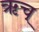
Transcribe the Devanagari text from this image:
ऋच्‌